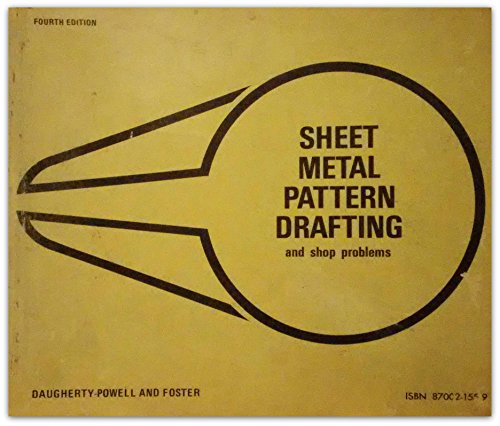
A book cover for Sheet-Metal Pattern Drafting and Shop Problems; Daugherty-Powell and Foster; Health, Fitness & Dieting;